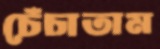
চেঁচাতাম